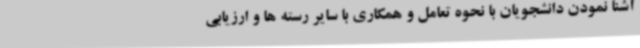
آشنا نمودن دانشجویان با نحوه تعامل و همکاری با سایر رسته ها و ارزیابی